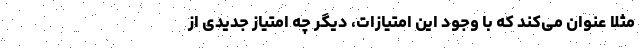
مثلا عنوان می‌کند که با وجود این امتیازات، دیگر چه امتیاز جدیدی از